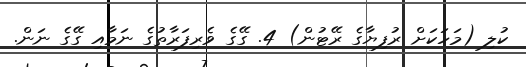
ކުލި (މަހަކަށް ރުފިޔާގެ ރޭޓުން) 4. ގޭގެ ވެރިފަރާތުގެ ނަމާއި ގޭގެ ނަން.